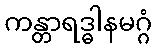
ကန္တာရဒ္ဓါနမဂ္ဂံ